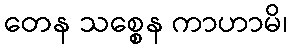
တေန သစ္စေန ကာဟာမိ၊